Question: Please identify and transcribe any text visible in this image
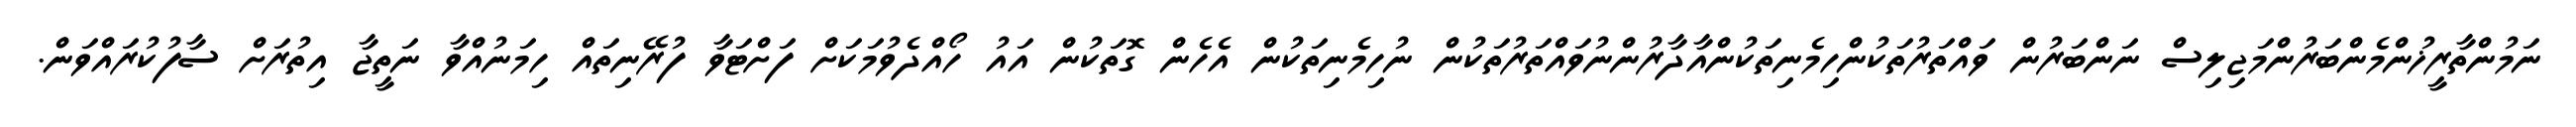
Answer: ނަމުންތާރީޚުންމެންބަރުންމަޖިލިސް ނަންބަރުން ވައްތަރުތަކުންހިމެނިތަކުންއާދާރުންނުވައްތަރުތަކުން ނުހިމެނިތަކުން އެހެން ގޮތަކުން އައު ހޯއްދެވުމަކަށް ފަށްޓަވާ ފުރޭނިތައް ހިމަނުއްވާ ނަތީޖާ އިތުރަށް ސާފުކުރައްވަން.